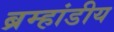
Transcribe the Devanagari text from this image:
ब्रम्हांडीय